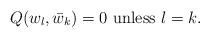
LaTeX: \begin{align*}Q(w_{l},\bar{w}_{k})=0\mbox{ unless \ensuremath{l=k}}.\end{align*}